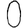
Digit: 0